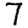
Digit: 7